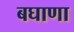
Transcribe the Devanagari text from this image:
बघाणा